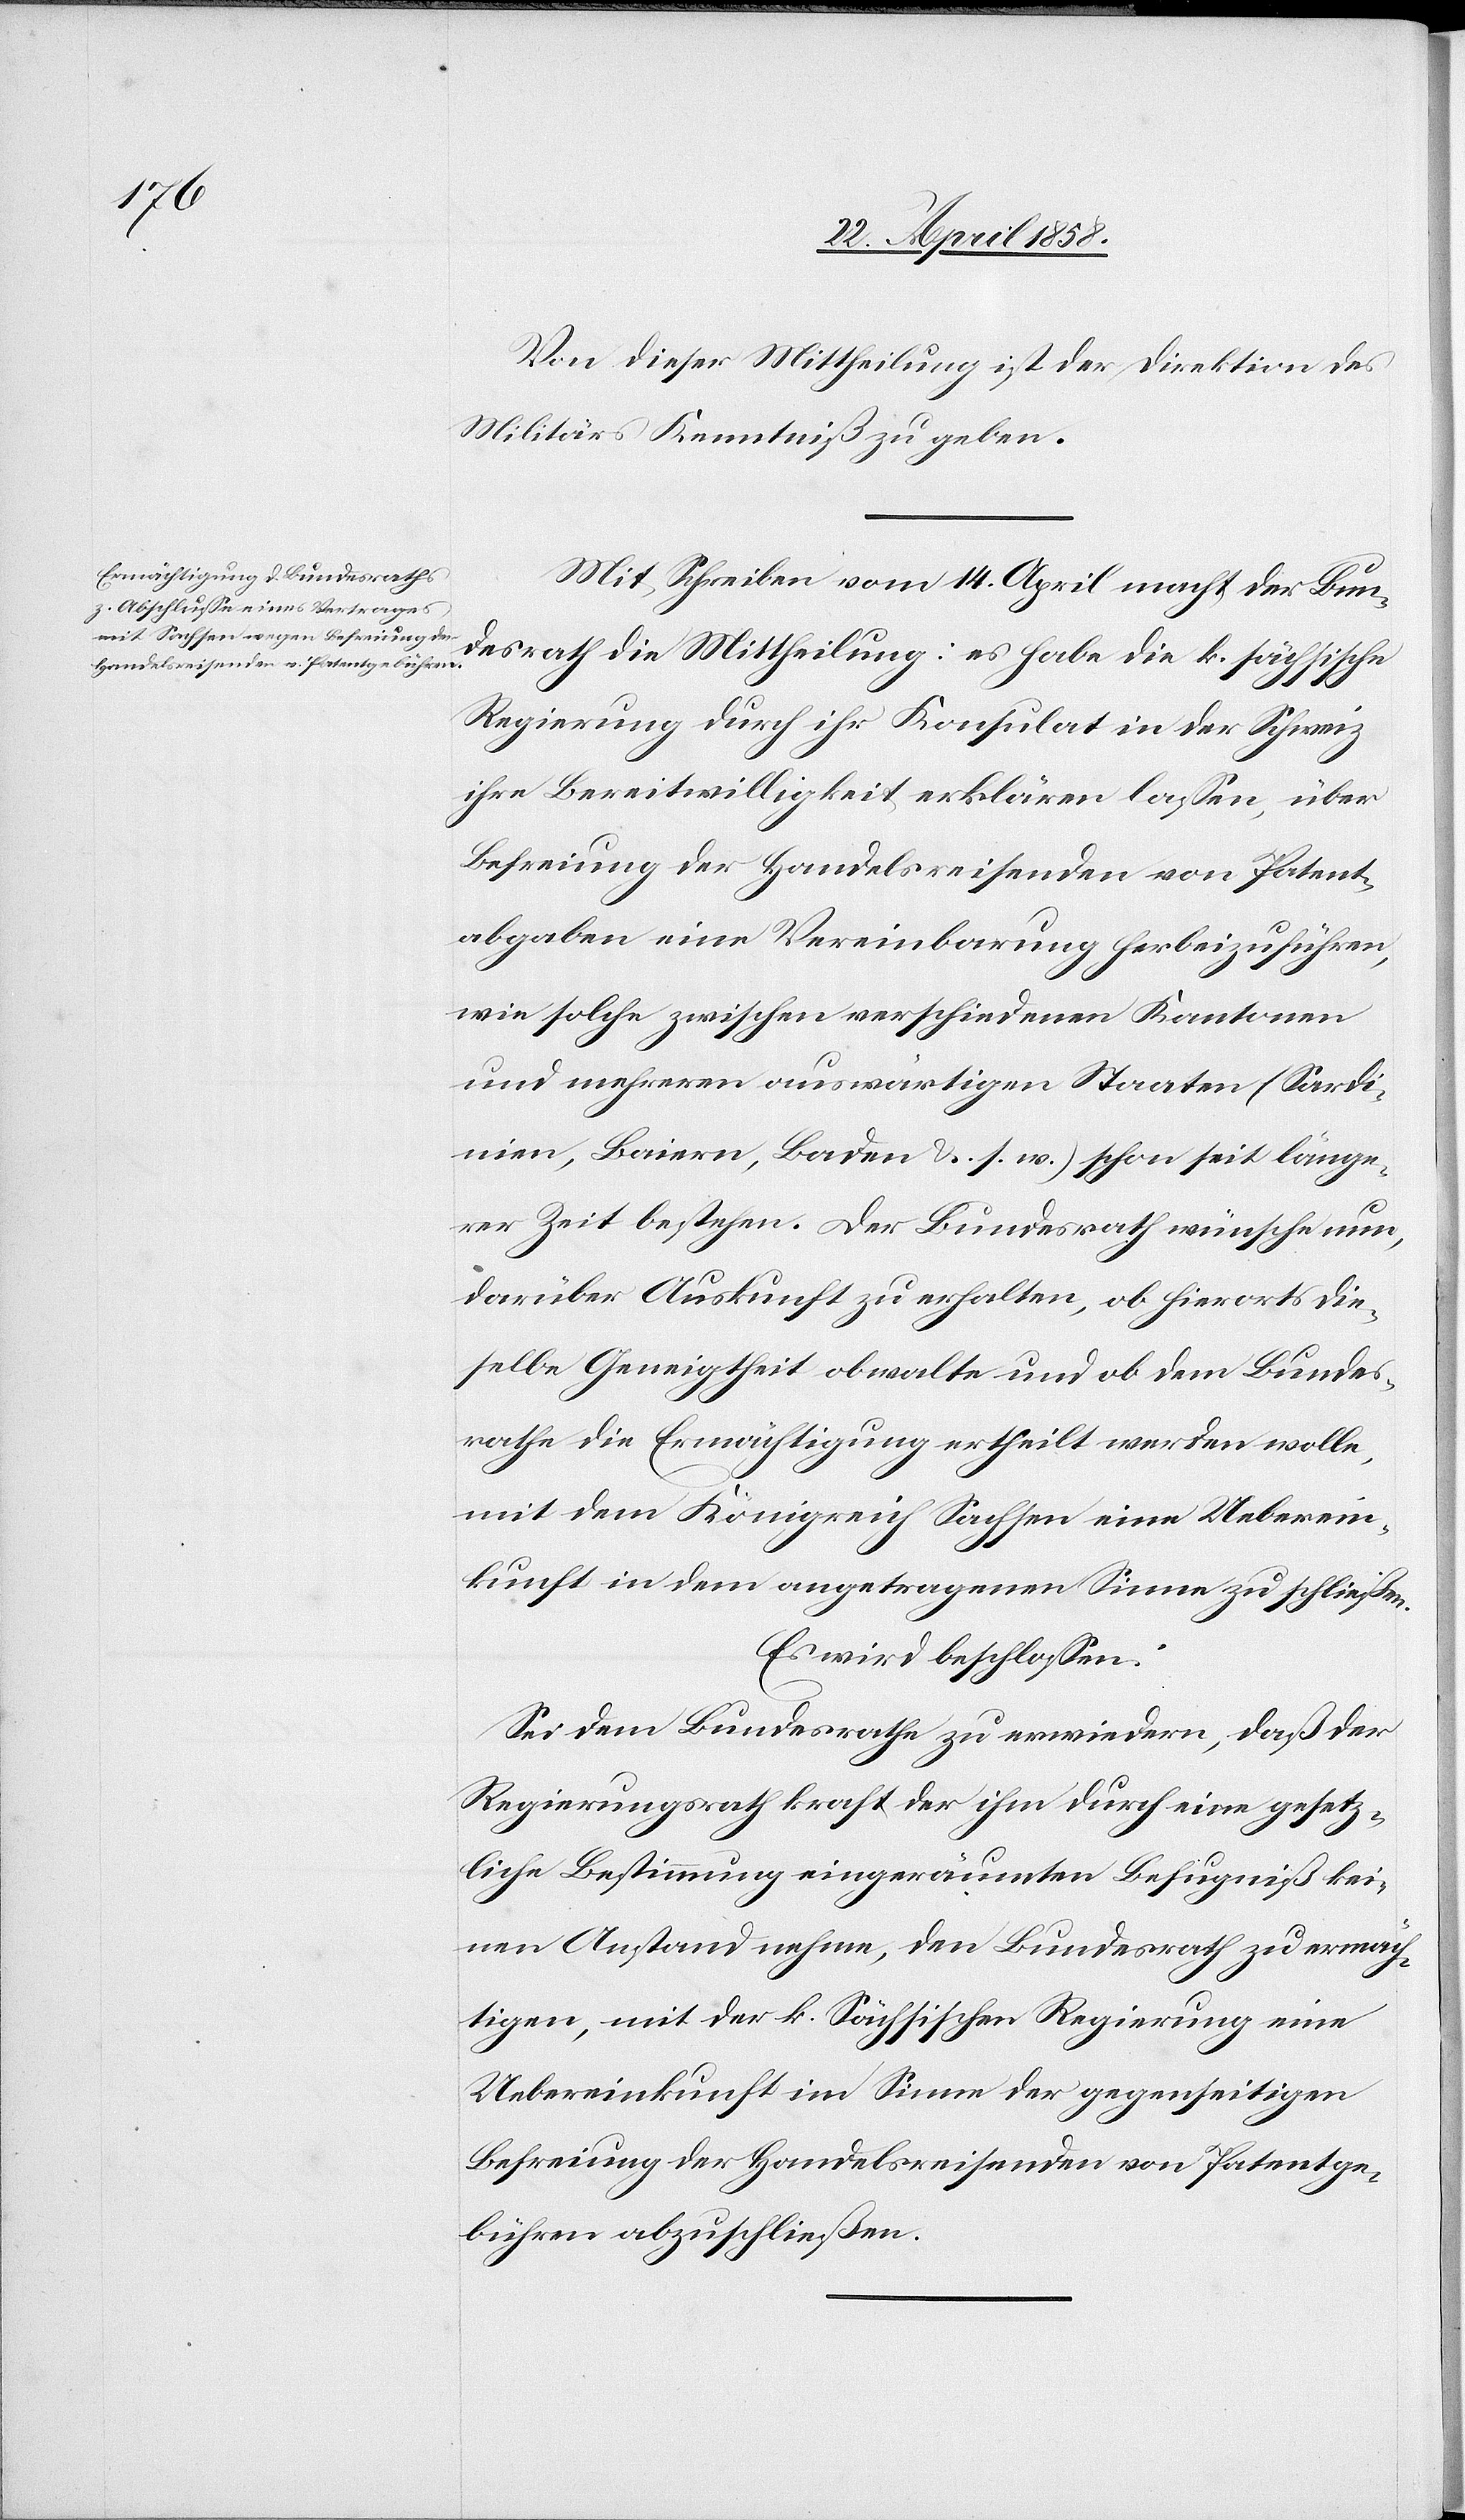
Von dieser Mittheilung ist der Direktion des
Militärs Kenntniß zu geben.
Mit Schreiben vom 14. April macht der Bun¬
desrath die Mittheilung: es habe die k. sächsische
Regierung durch ihr Konsulat in der Schweiz
ihre Bereitwilligkeit erklären lassen, über
Befreiung der Handelsreisenden von Patent¬
abgaben eine Vereinbarung herbeizuführen,
wie solche zwischen verschiednen Kantonen
und mehrern auswärtigen Staaten (Sardi¬
nien, Baiern, Baden u. s. w.) schon seit länge¬
rer Zeit bestehen. Der Bundesrath wünsche nun,
darüber Auskunft zu erhalten, ob hierorts die¬
selbe Geneigtheit obwalte und ob dem Bundes¬
rathe die Ermächtigung ertheilt werden wolle,
mit dem Königreich Sachsen eine Ueberein¬
kunft in dem angetragenen Sinne zu schließen.
Es wird beschlossen:
Sei dem Bundesrathe zu erwiedern, daß der
Regierungsrath kraft der ihm durch eine gesetz¬
liche Bestimmung eingeräumten Befugniß kei¬
nen Anstand nehmen, den Bundesrath zu ermäch¬
tigen, mit der k. Sächsischen Regierung eine
Uebereinkunft im Sinne der gegenseitigen
Befreiung der Handelsreisenden von Patentge¬
bühren abzuschließen.